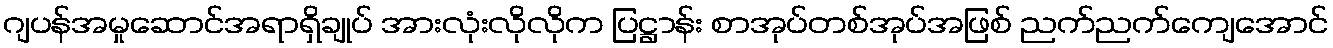
ဂျပန်အမှုဆောင်အရာရှိချုပ် အားလုံးလိုလိုက ပြဋ္ဌာန်း စာအုပ်တစ်အုပ်အဖြစ် ညက်ညက်ကျေအောင်